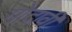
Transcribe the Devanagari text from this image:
गोदावी